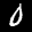
Label: 0